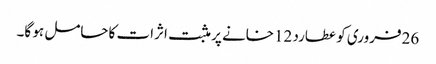
26فروری کو عطارد 12خانے پر مثبت اثرات کاحامل ہو گا۔